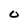
Character: 0